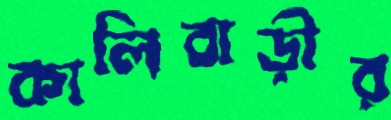
কালিবাড়ীর